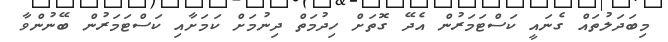
މިބަދަލުތައް ގެނައީ ކަސްޓަމަރުން އެދޭ ގޮތަށް ހިދުމަތް ދިނުމަށް ކަމަށާއި ކަސްޓަމަރުން ބޭނުންވާ